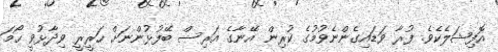
އޮފިޝަލެކެވެ. ފުރާ ވަޑައިގެންނެވުމުގެ ކުރިން އޭނާގެ އަރިސް ބޭފުޅުންނަށް ހަރީރީ ވިދާޅުވީ ހޯމަ